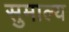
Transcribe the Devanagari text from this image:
सुमाल्य